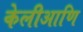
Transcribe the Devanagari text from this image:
केलीआणि